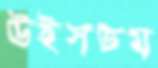
উইসডম